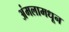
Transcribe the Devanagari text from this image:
अंमलामधून